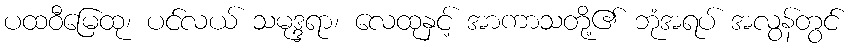
ပထဝီမြေထု၊ ပင်လယ် သမုဒ္ဒရာ၊ လေထုနှင့် အာကာသတို့၏ ဘုံအရပ် အလွန်တွင်